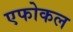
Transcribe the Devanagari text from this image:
एफोकल